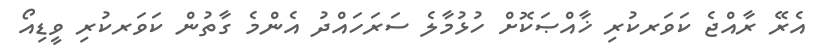
އެރޭ ރާއްޖެ ކަވަރކުރި ޚާއްޞަކޮށް ހުޅުމާލެ ސަރަހައްދު އެންމެ ގާތުން ކަވަރކުރި ވީޑިއޯ